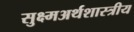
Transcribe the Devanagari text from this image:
सुक्ष्मअर्थशास्त्रीय